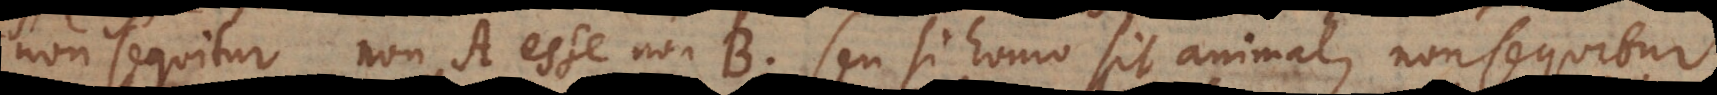
non sequitur non‐A esse non‐B, seu si homo sit animal, non sequitur